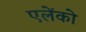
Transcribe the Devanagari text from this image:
एलेंको